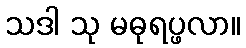
သဒါ သု မဓုရပ္ဖလာ။